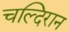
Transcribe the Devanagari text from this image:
चल्दिरान